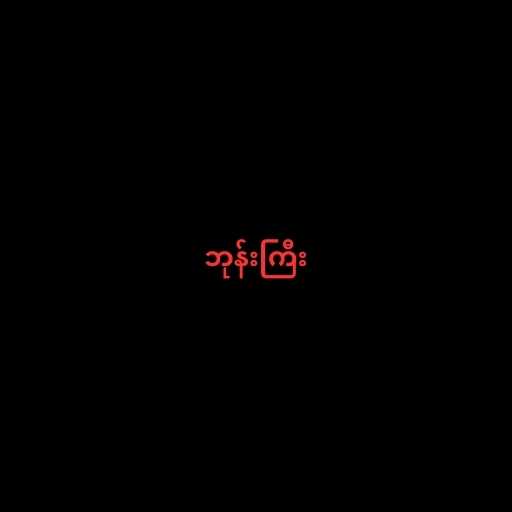
ဘုန်းကြီး